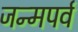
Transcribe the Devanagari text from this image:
जन्मपर्व